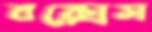
বক্সেস